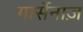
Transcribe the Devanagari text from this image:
गार्सेनाज़